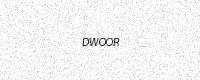
Text: DWOOR